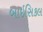
બાઇસિકલ